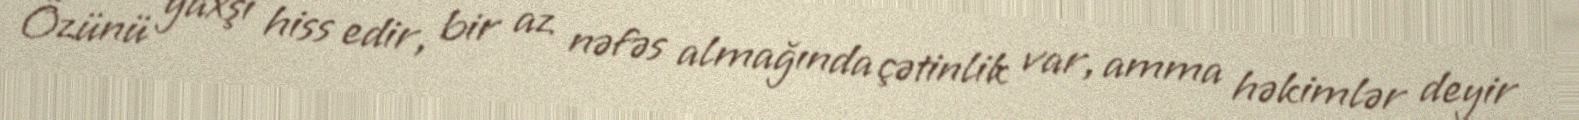
Özünü yaxşı hiss edir, bir az nəfəs almağında çətinlik var, amma həkimlər deyir